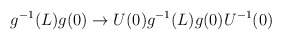
\begin{align*}g^{-1}(L)g(0) \to U(0)g^{-1}(L)g(0)U^{-1}(0)\end{align*}